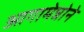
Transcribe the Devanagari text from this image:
आगामेन्नोने